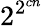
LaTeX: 2^{2^{cn}}